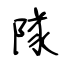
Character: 隊